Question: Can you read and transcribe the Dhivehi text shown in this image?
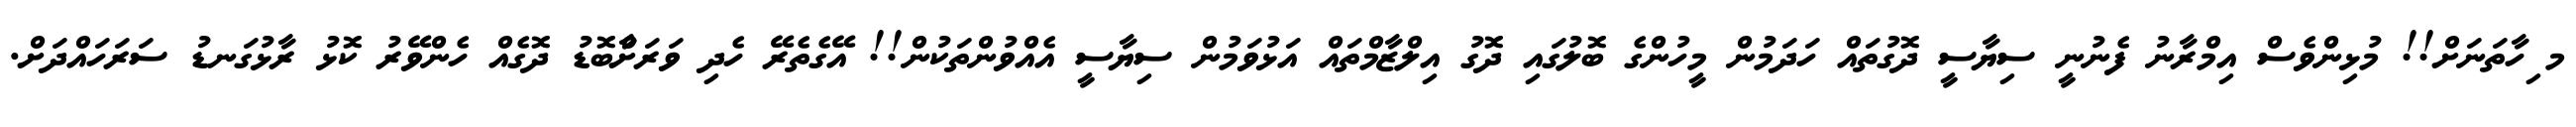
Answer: މ ިހާތަނަށް!! މުޅިންވެސް އިމްރާނު ފެނުނީ ސިޔާސީ ދޮގުތައް ހަދަމުން މީހުންގެ ބޮލުގައި ދޮގު އިލްޒާމްތައް އަޅުވަމުން ސިޔާސީ އެއްވުންތަކުން!! އޭގެތެރޭ ހެދި ވަރަށާްބޮޑު ދޮގެއް ހެންވޭރު ކޮޅު ރާޅުގަނޑު ސަރަހައްދަށް.